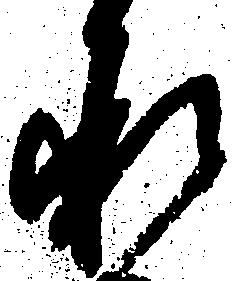
承